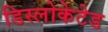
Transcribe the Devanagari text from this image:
डिस्लोकेटेड